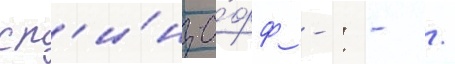
сп'и́н-о́фф -: - /